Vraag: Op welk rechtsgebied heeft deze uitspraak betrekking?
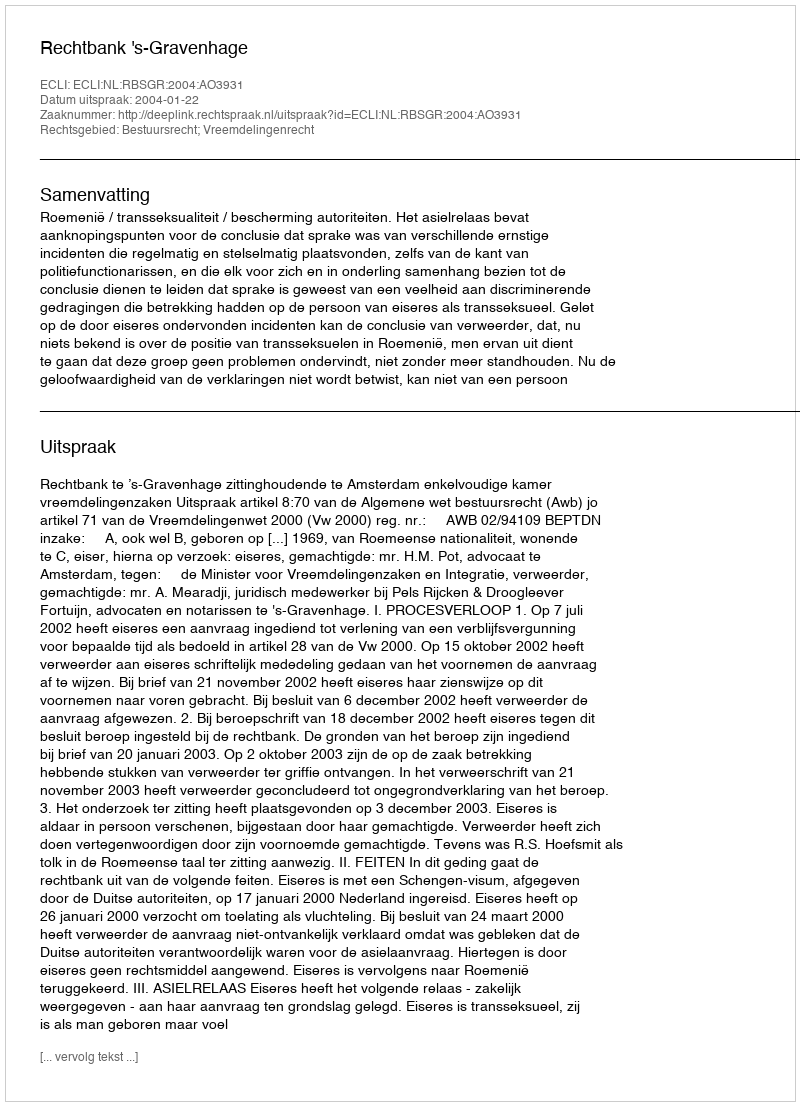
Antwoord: Bestuursrecht; Vreemdelingenrecht